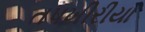
તપખીરીયા